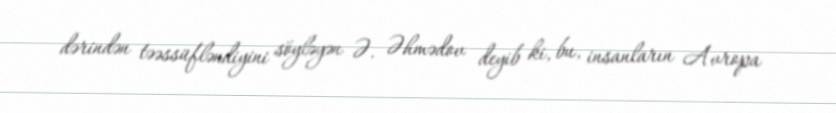
dərindən təəssüfləndiyini söyləyən Ə. Əhmədov deyib ki, bu, insanların Avropa